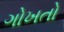
ગોખતો